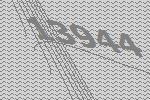
13944